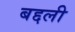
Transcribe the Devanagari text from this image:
बद्दली